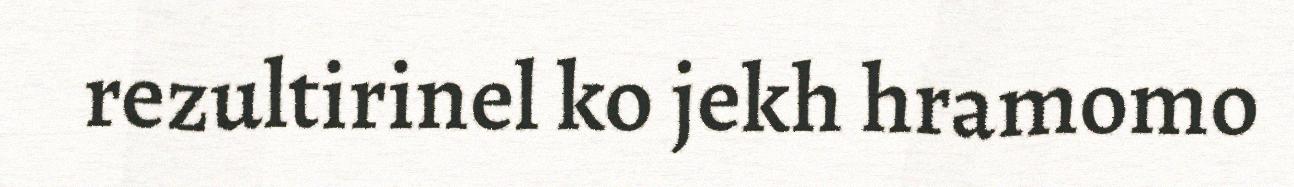
rezultirinel ko jekh hramomo